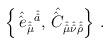
LaTeX: \begin{align*}\left\{\hat{\hat{e} \,}_{\hat{\hat{\mu}}}{}^{\hat{\hat{a}}},\hat{\hat{C} \,}_{\hat{\hat{\mu}}\hat{\hat{\nu}}\hat{\hat{\rho}}}\right\}\, .\end{align*}